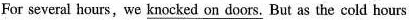
For several hours,we \underline{knocked on doors}. But as the cold hours